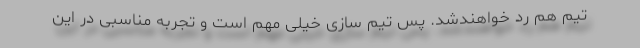
تیم هم رد خواهندشد. پس تیم سازی خیلی مهم است و تجربه مناسبی در این